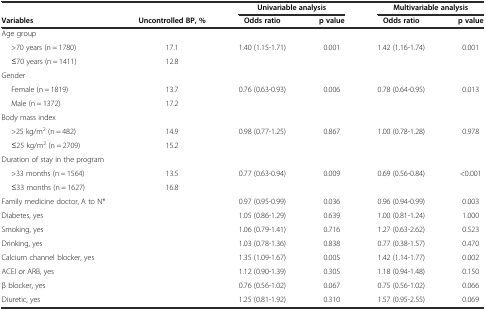
<table><thead><tr><td></td><td></td><td colspan="2"><b>Univariable analysis</b></td><td colspan="2"><b>Multivariable analysis</b></td></tr><tr><td><b>Variables</b></td><td><b>Uncontrolled BP, %</b></td><td><b>Odds ratio</b></td><td><b>p value</b></td><td><b>Odds ratio</b></td><td><b>p value</b></td></tr></thead><tbody><tr><td>Age group</td><td></td><td></td><td></td><td></td><td></td></tr><tr><td>&gt;70 years (n = 1780)</td><td>17.1</td><td>1.40 (1.15-1.71)</td><td>0.001</td><td>1.42 (1.16-1.74)</td><td>0.001</td></tr><tr><td>≤70 years (n = 1411)</td><td>12.8</td><td></td><td></td><td></td><td></td></tr><tr><td>Gender</td><td></td><td></td><td></td><td></td><td></td></tr><tr><td>Female (n = 1819)</td><td>13.7</td><td>0.76 (0.63-0.93)</td><td>0.006</td><td>0.78 (0.64-0.95)</td><td>0.013</td></tr><tr><td>Male (n = 1372)</td><td>17.2</td><td></td><td></td><td></td><td></td></tr><tr><td>Body mass index</td><td></td><td></td><td></td><td></td><td></td></tr><tr><td>&gt;25 kg/m<sup>2</sup> (n = 482)</td><td>14.9</td><td>0.98 (0.77-1.25)</td><td>0.867</td><td>1.00 (0.78-1.28)</td><td>0.978</td></tr><tr><td>≤25 kg/m<sup>2</sup> (n = 2709)</td><td>15.2</td><td></td><td></td><td></td><td></td></tr><tr><td>Duration of stay in the program</td><td></td><td></td><td></td><td></td><td></td></tr><tr><td>&gt;33 months (n = 1564)</td><td>13.5</td><td>0.77 (0.63-0.94)</td><td>0.009</td><td>0.69 (0.56-0.84)</td><td>&lt;0.001</td></tr><tr><td>≤33 months (n = 1627)</td><td>16.8</td><td></td><td></td><td></td><td></td></tr><tr><td>Family medicine doctor, A to N*</td><td></td><td>0.97 (0.95-0.99)</td><td>0.036</td><td>0.96 (0.94-0.99)</td><td>0.003</td></tr><tr><td>Diabetes, yes</td><td></td><td>1.05 (0.86-1.29)</td><td>0.639</td><td>1.00 (0.81-1.24)</td><td>1.000</td></tr><tr><td>Smoking, yes</td><td></td><td>1.06 (0.79-1.41)</td><td>0.716</td><td>1.27 (0.63-2.62)</td><td>0.523</td></tr><tr><td>Drinking, yes</td><td></td><td>1.03 (0.78-1.36)</td><td>0.838</td><td>0.77 (0.38-1.57)</td><td>0.470</td></tr><tr><td>Calcium channel blocker, yes</td><td></td><td>1.35 (1.09-1.67)</td><td>0.005</td><td>1.42 (1.14-1.77)</td><td>0.002</td></tr><tr><td>ACEI or ARB, yes</td><td></td><td>1.12 (0.90-1.39)</td><td>0.305</td><td>1.18 (0.94-1.48)</td><td>0.150</td></tr><tr><td>β blocker, yes</td><td></td><td>0.76 (0.56-1.02)</td><td>0.067</td><td>0.75 (0.56-1.02)</td><td>0.066</td></tr><tr><td>Diuretic, yes</td><td></td><td>1.25 (0.81-1.92)</td><td>0.310</td><td>1.57 (0.95-2.55)</td><td>0.069</td></tr></tbody></table>